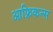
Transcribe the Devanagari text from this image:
आफ्रिकन्स